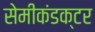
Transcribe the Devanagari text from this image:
सेमीकंडक्‍टर